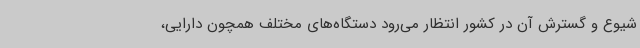
شیوع و گسترش آن در کشور انتظار می‌رود دستگاه‌های مختلف همچون دارایی،